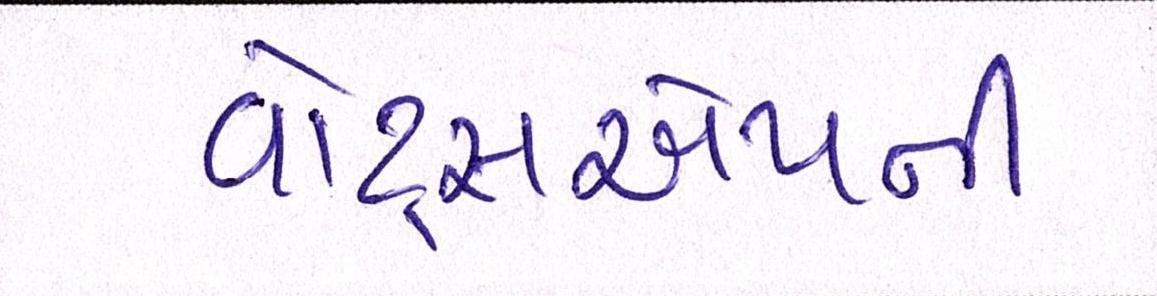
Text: વોટ્સએપની